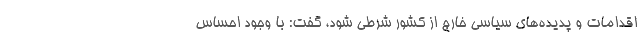
اقدامات و پدیده‌های سیاسی خارج از کشور شرطی شود، گفت: با وجود احساس